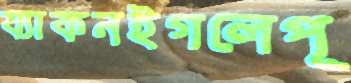
য্যাকনইগলেপূ